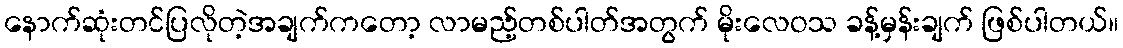
နောက်ဆုံးတင်ပြလိုတဲ့အချက်ကတော့ လာမည့်တစ်ပါတ်အတွက် မိုးလေဝသ ခန့်မှန်းချက် ဖြစ်ပါတယ်။